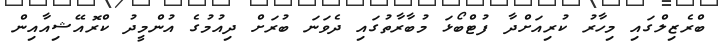
ބްރެޒިލްގައި މިހާރު ކުރިއަށްދާ ފުޓްބޯޅަ މުބާރާތުގައި ދެވަނަ ބުރަށް ދިއުމުގެ އުންމީދު ކްރޮއޭޝިއާއިން